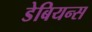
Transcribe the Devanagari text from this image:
डेबियन्स